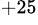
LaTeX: ^{+25}